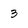
Character: 3